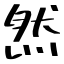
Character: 然